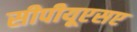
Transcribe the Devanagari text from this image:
सीपीयूएसए